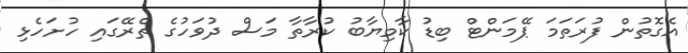
އެގޮތުން ފުރަތަމަ ޕޭމަންޓް ބިޑު ކާމިޔާބު ކުރާތާ މަސް ދުވަހުގެ ތެރޭގައި ހުށަހެޅި